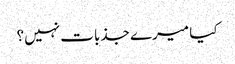
کیا میرے جذبات نہیں؟